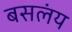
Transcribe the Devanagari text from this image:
बसलंय